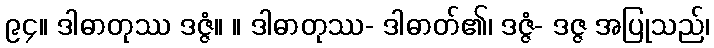
၉၄။ ဒါဓာတုဿ ဒဇ္ဇံ။ ။ ဒါဓာတုဿ- ဒါဓာတ်၏၊ ဒဇ္ဇံ- ဒဇ္ဇ အပြုသည်၊